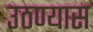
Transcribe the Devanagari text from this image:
उठण्यास